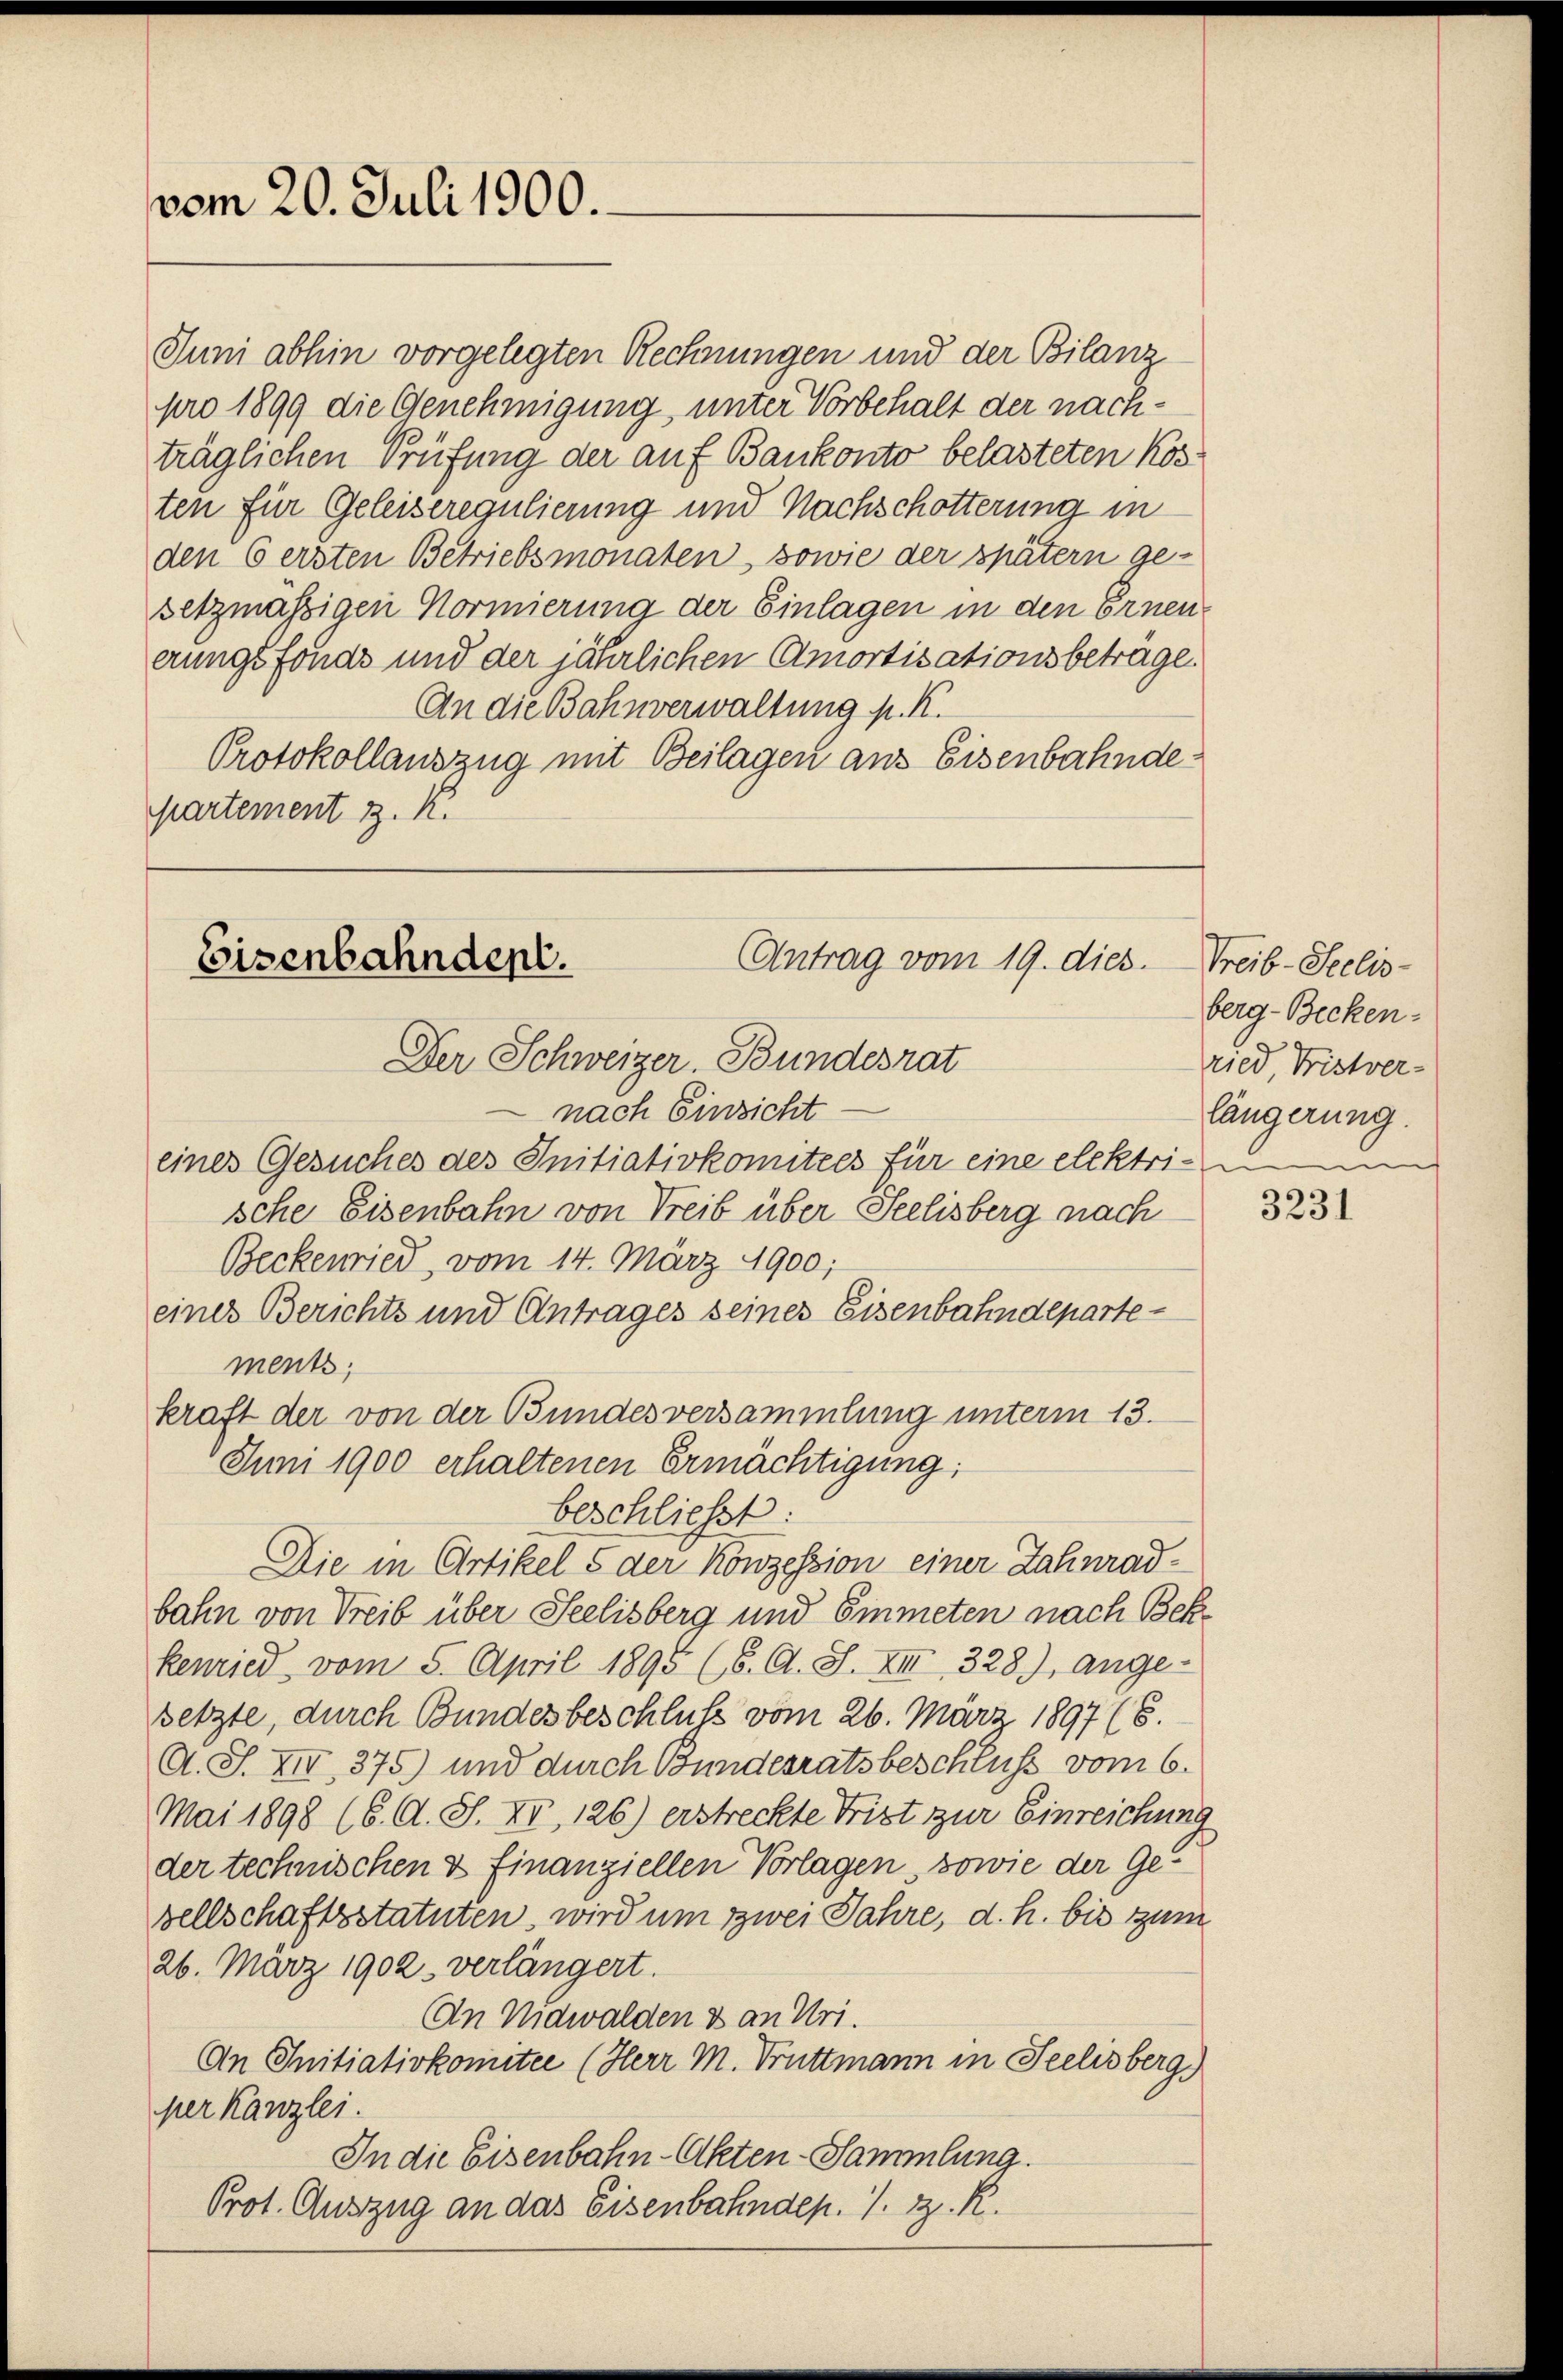
vom 20. Juli 1900.

Juni abhin vorgelegten Rechnungen und der Bilanz
pro 1899 die Genehmigung, unter Vorbehalt der nachträglichen Prüfung der auf Bankonto belasteten Kosten für Geleiseregulierung und Nachschotterung in
den 6 ersten Betriebsmonaten, sowie der spätern ge-
setzmässigen Normierung der Einlagen in den Ernenerungsfonds und der jährlichen Amortisationsbeträge.
An die Bahnverwaltung p. K.
Protokollauszug mit Beilagen aus Eisenbahndepartement z. K.

Antrag vom 19. dies
Eisenbahndent.
Der Schweizer. Bundesrat

nach Einsicht
eines Gesuches des Initiativkomitees für eine elektri-
sche Eisenbahn von Treib über Seelisberg nach
Beckenried vom 14. März 1900;
eines Berichts und Antrages seines Eisenbahndepartements;
kraft der von der Bundesversammlung unterm 13.
Juni 1900 erhaltenen Ermächtigung:
beschließt:
Die in Artikel 5 der Konzession einer Zahnradbahn von Treib über Seelisberg und Emmeten nach Bek
kenried vom 5. April 1895 (6. A. S. XIII 328), ange-
setzte, durch Bundesbeschluß vom 26. März 1897 (6.
A. S. XIII 375) und durch Bundesratsbeschluss vom 6.
Mai 1898 (6. A. S. XI, 126.) erstreckte Frist zur Einreichung
der technischen & finanziellen Vorlagen, sowie der Gevellschaftsstatuten, wird um zwei Jahre, d. h. bis zum
26. März 1902. verlängert.
An Nidwalden & an Uri.
An Initiativkomitee (Herr M. Truttmann in Seelisberg.
per Kanzlei.
In die Eisenbahn-Akten-Sammlung.
Prot. Auszug an das Eisenbahndep. 1. Bz. R.

Treib-Seelis-
berg-Becken-
ried, Fristver-
längerung.

3231